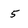
Character: 5